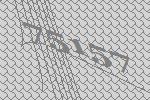
75157